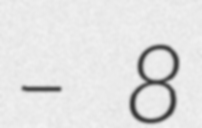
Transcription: – 8